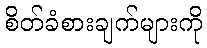
စိတ်ခံစားချက်များကို